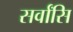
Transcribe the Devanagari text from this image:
सर्वांसि